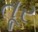
તૂર